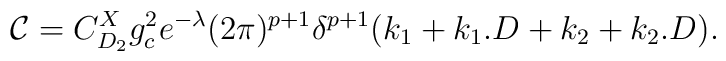
{\mathcal{C}}=C_{D_2}^X g_{c}^2e^{-\lambda}(2\pi)^{p+1}\delta^{p+1}(k_1+k_1.D+k_2+k_2.D).